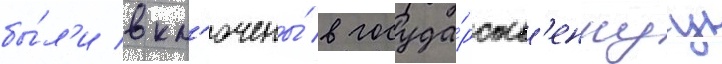
бы́л'и вкл'ючены́ в госуда́рств'еннуу